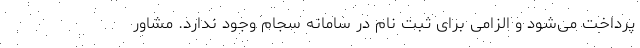
پرداخت می‌شود و الزامی برای ثبت نام در سامانه سجام وجود ندارد. مشاور